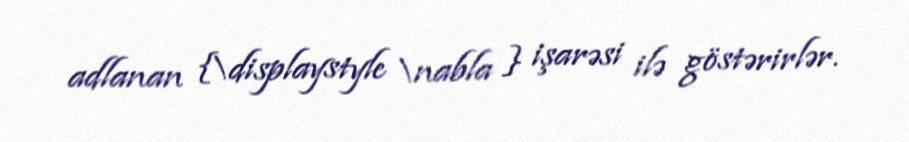
adlanan {\displaystyle \nabla } işarəsi ilə göstərirlər.